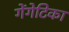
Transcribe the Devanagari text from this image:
गेंगेटिका